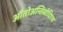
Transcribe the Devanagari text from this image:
औतोअन्तिबोदिएस